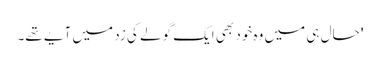
' حال ہی میں وہ خود بھی ایک گولے کی زد میں آیے تھے۔